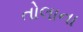
તોલાના